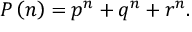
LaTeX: P \left( n \right) = { p ^ { n } } + { q ^ { n } } + { r ^ { n } } .